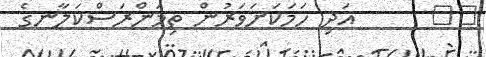
٥٠      އަދި ހަމަކަށަވަރުން ތިމަންރަސްކަލާނގެ